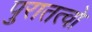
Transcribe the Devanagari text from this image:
पुरातत्वो